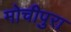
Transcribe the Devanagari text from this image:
मोचीपुरा